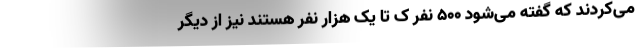
می‌کردند که گفته می‌شود ۵۰۰ نفر ک تا یک هزار نفر هستند نیز از دیگر